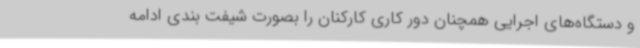
و دستگاه‌های اجرایی همچنان دور کاری کارکنان را بصورت شیفت بندی ادامه